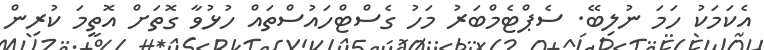
އެކަމަކު ހަމަ ނުލިބޭ. ސެޕްޓެމްބަރު މަހު ގެސްޓްހައުސްތައް ހުޅުވާ ގޮތަށް އޮތީމަ ކުރިން